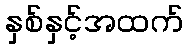
နှစ်နှင့်အထက်